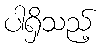
ပါရှိသည့်